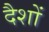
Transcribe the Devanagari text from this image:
दैशों